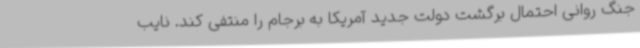
جنگ روانی احتمال برگشت دولت جدید آمریکا به برجام را منتفی کند. نایب